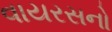
વાયરસનો